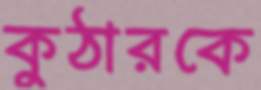
কুঠারকে